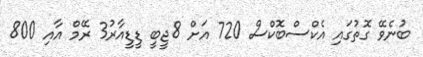
ބުނެވޭ ގޮތުގައި އެކްސްބޮކްސް 720 އަށް 8ޖީބީ ޑީޑީއާރު3 ރޭމް އާއި 800